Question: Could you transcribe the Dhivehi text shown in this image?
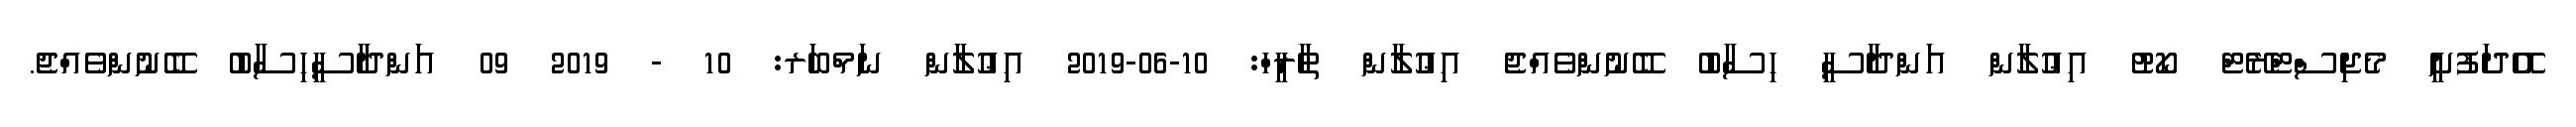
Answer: އޭދަފުށީ މެޖިސްޓްރޭޓް ކޯޓު އިޢުލާން އަންދާސީ ހިސާބު ބޭނުންވެއްޖެ އިޢުލާން ތާރީހް: 10-06-2019 އިޢުލާން ނަމްބަރ: 10 - 2019 09 އަންދާސީހިސާބު ބޭނުންވެއްޖެ.